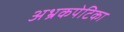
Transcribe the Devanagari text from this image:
अभ्रकपेटिका